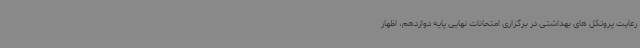
رعایت پروتکل های بهداشتی در برگزاری امتحانات نهایی پایه دوازدهم، اظهار